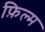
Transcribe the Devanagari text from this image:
फ़िल्म